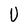
Character: U